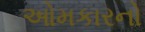
ઓમકારનો